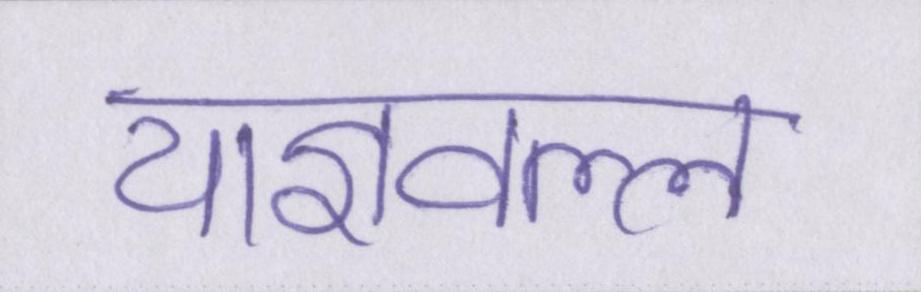
याज्ञवल्ल